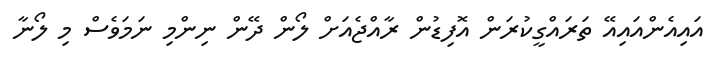
އައިއެންއައިއޭ ތަރައްގީކުރަން އޮފިޑުން ރާއްޖެއަށް ލޯން ދޭން ނިންމި ނަމަވެސް މި ލޯނާ